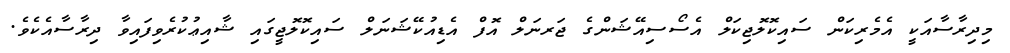
މިދިރާސާއަކީ އެމެރިކަން ސައިކޮލޮޖިކަލް އެސޯސިއޭޝަންގެ ޖަރނަލް އޮފް އެޑިއުކޭޝަނަލް ސައިކޮލޮޖީގައި ޝާއިޢުކުރެވިފައިވާ ދިރާސާއެކެވެ.